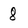
Character: 8